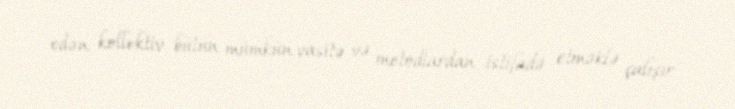
edən kollektiv bütün mümkün vasitə və metodlardan istifadə etməklə çalışır